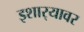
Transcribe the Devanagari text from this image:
इशार्‍यावर